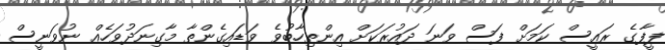
ފީފާގެ ރައީސް ކަމަށް ފަސް ވަނަ ދައުރަކަށް އިންތިހާބުވެ ވަޑައިގެންތާ މާގިނަދުވަހެއް ނުވަނީސް